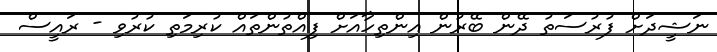
ނަޝީދަށް ފުރުސަތު ދޭން ބޭރުން އިންތިހާއަށް ފިއްތުންތައް ކުރިމަތި ކުރުވި - ރައީސް